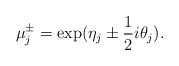
\begin{align*}\mu\sp{\pm}_{j}=\exp(\eta_{j}\pm \frac{1}{2}i\theta_{j}).\end{align*}